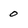
Character: 0